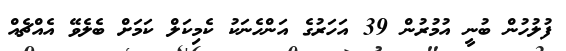
ފުލުހުން ބުނީ އުމުރުން 39 އަހަރުގެ އަންހެނަކު ކެމިކަލް ކަމަށް ބެލެވޭ އެއްޗެއް